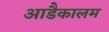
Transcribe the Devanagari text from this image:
आडैकालम